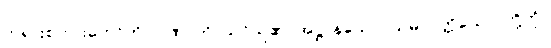
ဘုရားစကားတော်ကို။ ဂဏှာတိ၊ သင်ယူ၏။ အဋ္ဌ၊ န်သော။ သမာပတ္တိယော၊ တို့ကို။